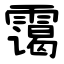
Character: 霭